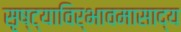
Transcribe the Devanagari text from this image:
सृष्ट्याविर्भावमासाद्य